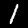
Label: 1